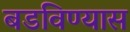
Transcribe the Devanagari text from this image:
बडविण्यास